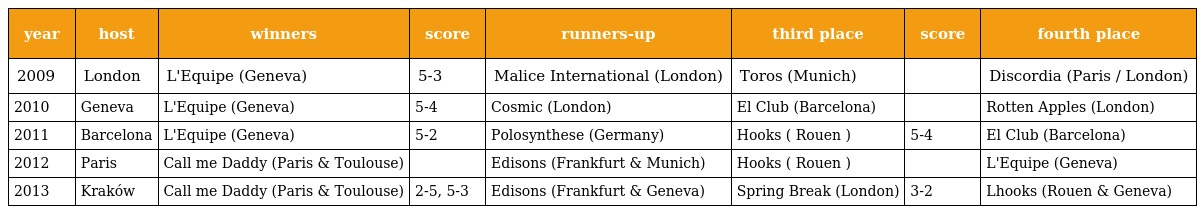
| year | host | winners | score | runners-up | third place | score | fourth place |
 | --- | --- | --- | --- | --- | --- | --- | --- |
 | 2009 | London | L'Equipe (Geneva) | 5-3 | Malice International (London) | Toros (Munich) |  | Discordia (Paris / London) |
 | 2010 | Geneva | L'Equipe (Geneva) | 5-4 | Cosmic (London) | El Club (Barcelona) |  | Rotten Apples (London) |
 | 2011 | Barcelona | L'Equipe (Geneva) | 5-2 | Polosynthese (Germany) | Hooks ( Rouen ) | 5-4 | El Club (Barcelona) |
 | 2012 | Paris | Call me Daddy (Paris & Toulouse) |  | Edisons (Frankfurt & Munich) | Hooks ( Rouen ) |  | L'Equipe (Geneva) |
 | 2013 | Kraków | Call me Daddy (Paris & Toulouse) | 2-5, 5-3 | Edisons (Frankfurt & Geneva) | Spring Break (London) | 3-2 | Lhooks (Rouen & Geneva) |